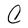
Character: C